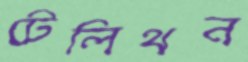
টেলিথন